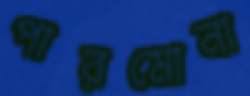
পারমোনা